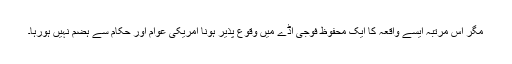
مگر اس مرتبہ ایسے واقعہ کا ایک محفوظ فوجی اڈّے میں وقوع پذیر ہونا امریکی عوام اور حکام سے ہضم نہیں ہورہا۔